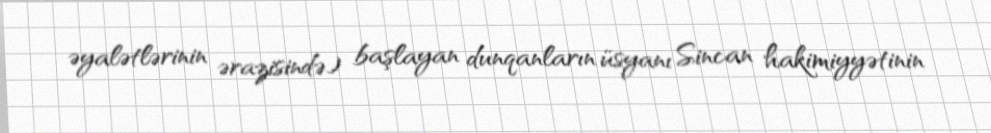
əyalətlərinin ərazisində) başlayan dunqanların üsyanı Sincan hakimiyyətinin